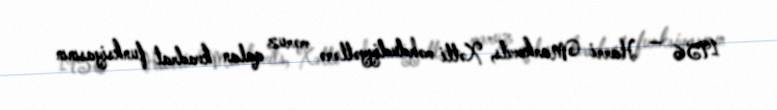
1956 — Harri Markovits, Xətti məhdudiyyətlərə məruz qalan kvadrat funksiyasının